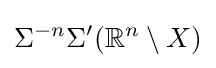
\Sigma ^{-n}\Sigma '(\mathbb {R} ^{n}\setminus X)